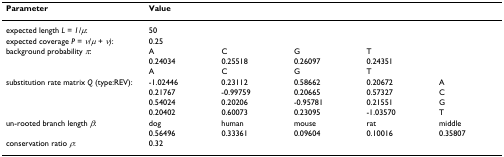
<table><thead><tr><td><b>Parameter</b></td><td><b>Value</b></td><td></td><td></td><td></td><td></td></tr></thead><tbody><tr><td>expected length <i>L </i>= <i>1/μ</i>:</td><td>50</td><td></td><td></td><td></td><td></td></tr><tr><td>expected coverage <i>P </i>= <i>ν/μ </i>+ <i>ν)</i>:</td><td>0.25</td><td></td><td></td><td></td><td></td></tr><tr><td>background probability <i>π</i>:</td><td>A</td><td>C</td><td>G</td><td>T</td><td></td></tr><tr><td></td><td>0.24034</td><td>0.25518</td><td>0.26097</td><td>0.24351</td><td></td></tr><tr><td></td><td>A</td><td>C</td><td>G</td><td>T</td><td></td></tr><tr><td>substitution rate matrix <i>Q </i>(type:REV):</td><td>-1.02446</td><td>0.23112</td><td>0.58662</td><td>0.20672</td><td>A</td></tr><tr><td></td><td>0.21767</td><td>-0.99759</td><td>0.20665</td><td>0.57327</td><td>C</td></tr><tr><td></td><td>0.54024</td><td>0.20206</td><td>-0.95781</td><td>0.21551</td><td>G</td></tr><tr><td></td><td>0.20402</td><td>0.60073</td><td>0.23095</td><td>-1.03570</td><td>T</td></tr><tr><td>un-rooted branch length <i>β</i>:</td><td>dog</td><td>human</td><td>mouse</td><td>rat</td><td>middle</td></tr><tr><td></td><td>0.56496</td><td>0.33361</td><td>0.09604</td><td>0.10016</td><td>0.35807</td></tr><tr><td>conservation ratio <i>ρ</i>:</td><td>0.32</td><td></td><td></td><td></td><td></td></tr></tbody></table>